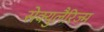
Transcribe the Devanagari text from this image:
सेक्युलैरिज्म़